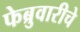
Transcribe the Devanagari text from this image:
फेब्रुवारीचे